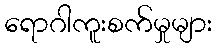
ရောဂါကူးစက်မှုများ